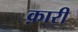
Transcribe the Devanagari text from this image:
क़ारी